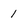
Character: 1